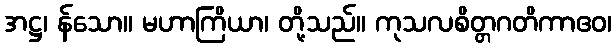
အဋ္ဌ၊ န်သော။ မဟာကြိယာ၊ တို့သည်။ ကုသလစိတ္တဂတိကာဧဝ၊